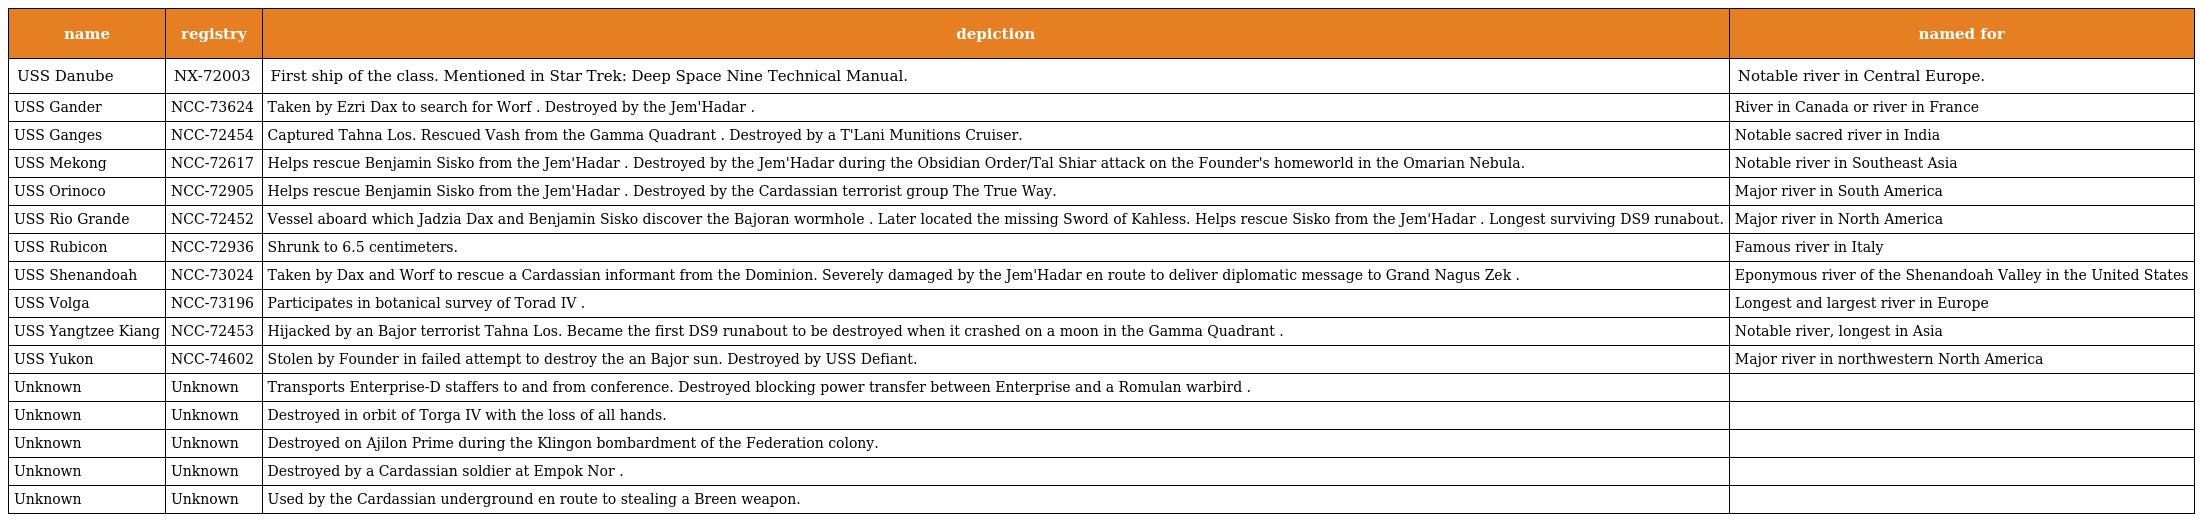
| name | registry | depiction | named for |
 | --- | --- | --- | --- |
 | USS Danube | NX-72003 | First ship of the class. Mentioned in Star Trek: Deep Space Nine Technical Manual. | Notable river in Central Europe. |
 | USS Gander | NCC-73624 | Taken by Ezri Dax to search for Worf . Destroyed by the Jem'Hadar . | River in Canada or river in France |
 | USS Ganges | NCC-72454 | Captured Tahna Los. Rescued Vash from the Gamma Quadrant . Destroyed by a T'Lani Munitions Cruiser. | Notable sacred river in India |
 | USS Mekong | NCC-72617 | Helps rescue Benjamin Sisko from the Jem'Hadar . Destroyed by the Jem'Hadar during the Obsidian Order/Tal Shiar attack on the Founder's homeworld in the Omarian Nebula. | Notable river in Southeast Asia |
 | USS Orinoco | NCC-72905 | Helps rescue Benjamin Sisko from the Jem'Hadar . Destroyed by the Cardassian terrorist group The True Way. | Major river in South America |
 | USS Rio Grande | NCC-72452 | Vessel aboard which Jadzia Dax and Benjamin Sisko discover the Bajoran wormhole . Later located the missing Sword of Kahless. Helps rescue Sisko from the Jem'Hadar . Longest surviving DS9 runabout. | Major river in North America |
 | USS Rubicon | NCC-72936 | Shrunk to 6.5 centimeters. | Famous river in Italy |
 | USS Shenandoah | NCC-73024 | Taken by Dax and Worf to rescue a Cardassian informant from the Dominion. Severely damaged by the Jem'Hadar en route to deliver diplomatic message to Grand Nagus Zek . | Eponymous river of the Shenandoah Valley in the United States |
 | USS Volga | NCC-73196 | Participates in botanical survey of Torad IV . | Longest and largest river in Europe |
 | USS Yangtzee Kiang | NCC-72453 | Hijacked by an Bajor terrorist Tahna Los. Became the first DS9 runabout to be destroyed when it crashed on a moon in the Gamma Quadrant . | Notable river, longest in Asia |
 | USS Yukon | NCC-74602 | Stolen by Founder in failed attempt to destroy the an Bajor sun. Destroyed by USS Defiant. | Major river in northwestern North America |
 | Unknown | Unknown | Transports Enterprise-D staffers to and from conference. Destroyed blocking power transfer between Enterprise and a Romulan warbird . |  |
 | Unknown | Unknown | Destroyed in orbit of Torga IV with the loss of all hands. |  |
 | Unknown | Unknown | Destroyed on Ajilon Prime during the Klingon bombardment of the Federation colony. |  |
 | Unknown | Unknown | Destroyed by a Cardassian soldier at Empok Nor . |  |
 | Unknown | Unknown | Used by the Cardassian underground en route to stealing a Breen weapon. |  |